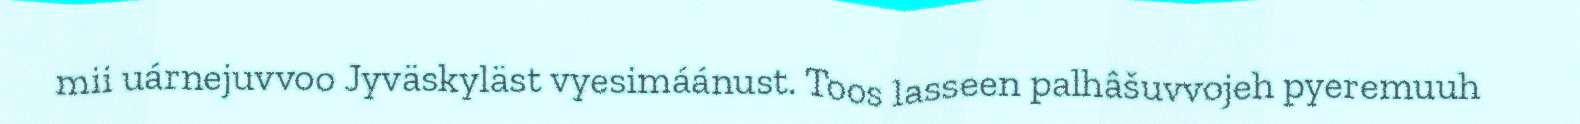
mii uárnejuvvoo Jyväskyläst vyesimáánust. Toos lasseen palhâšuvvojeh pyeremuuh